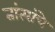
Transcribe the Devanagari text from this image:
तांत्यांचे